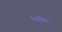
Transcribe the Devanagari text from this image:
५४७०